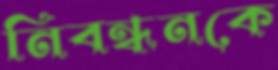
নিবন্ধনকে